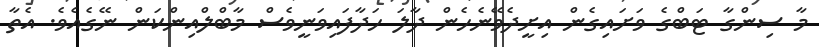
މާ ސިންގާ ޓަބްގެ ވަށައިގެން އިށީދެވޭނެހެން ދާލަ ހަދާފައިވަނީވެސް މާބްލްއިންކަން ނޭގެއެވެ. އެތާ